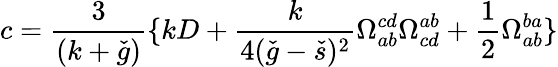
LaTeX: c=\frac{3}{(k+\check{g})}\{ kD+\frac{k}{4(\check{g}-\check{s})^{2}}\Omega_{ab}^{cd}\Omega_{cd}^{ab}+\frac{1}{2}\Omega_{ab}^{ba}\}